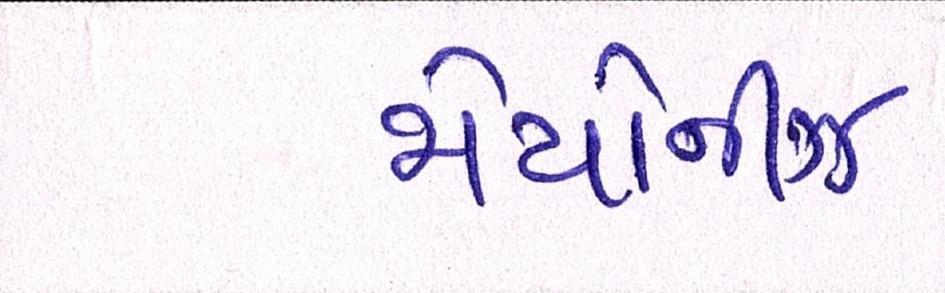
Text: મેયોનીઝ